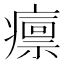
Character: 𤺡